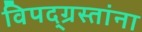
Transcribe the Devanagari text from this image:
विपद्‌ग्रस्तांना